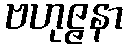
ဗဟုဇ္ဇနာ